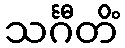
သင်္ဂီတိံ